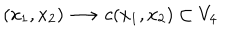
( x _ { 1 } , x _ { 2 } ) \longrightarrow c ( x _ { 1 } , x _ { 2 } ) \subset V _ { 4 }